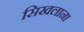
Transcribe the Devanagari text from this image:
सिखलाना